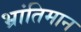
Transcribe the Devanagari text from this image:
भ्रांतिमान